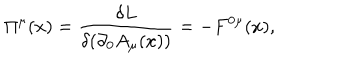
\Pi ^ { \mu } ( x ) = \frac { \delta L } { \delta ( \partial _ { 0 } A _ { \mu } ( x ) ) } = - F ^ { 0 \mu } ( x ) ,